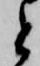
と